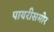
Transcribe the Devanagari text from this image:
पायरीसमोर